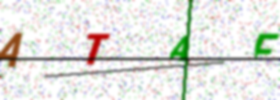
Text: ATAF